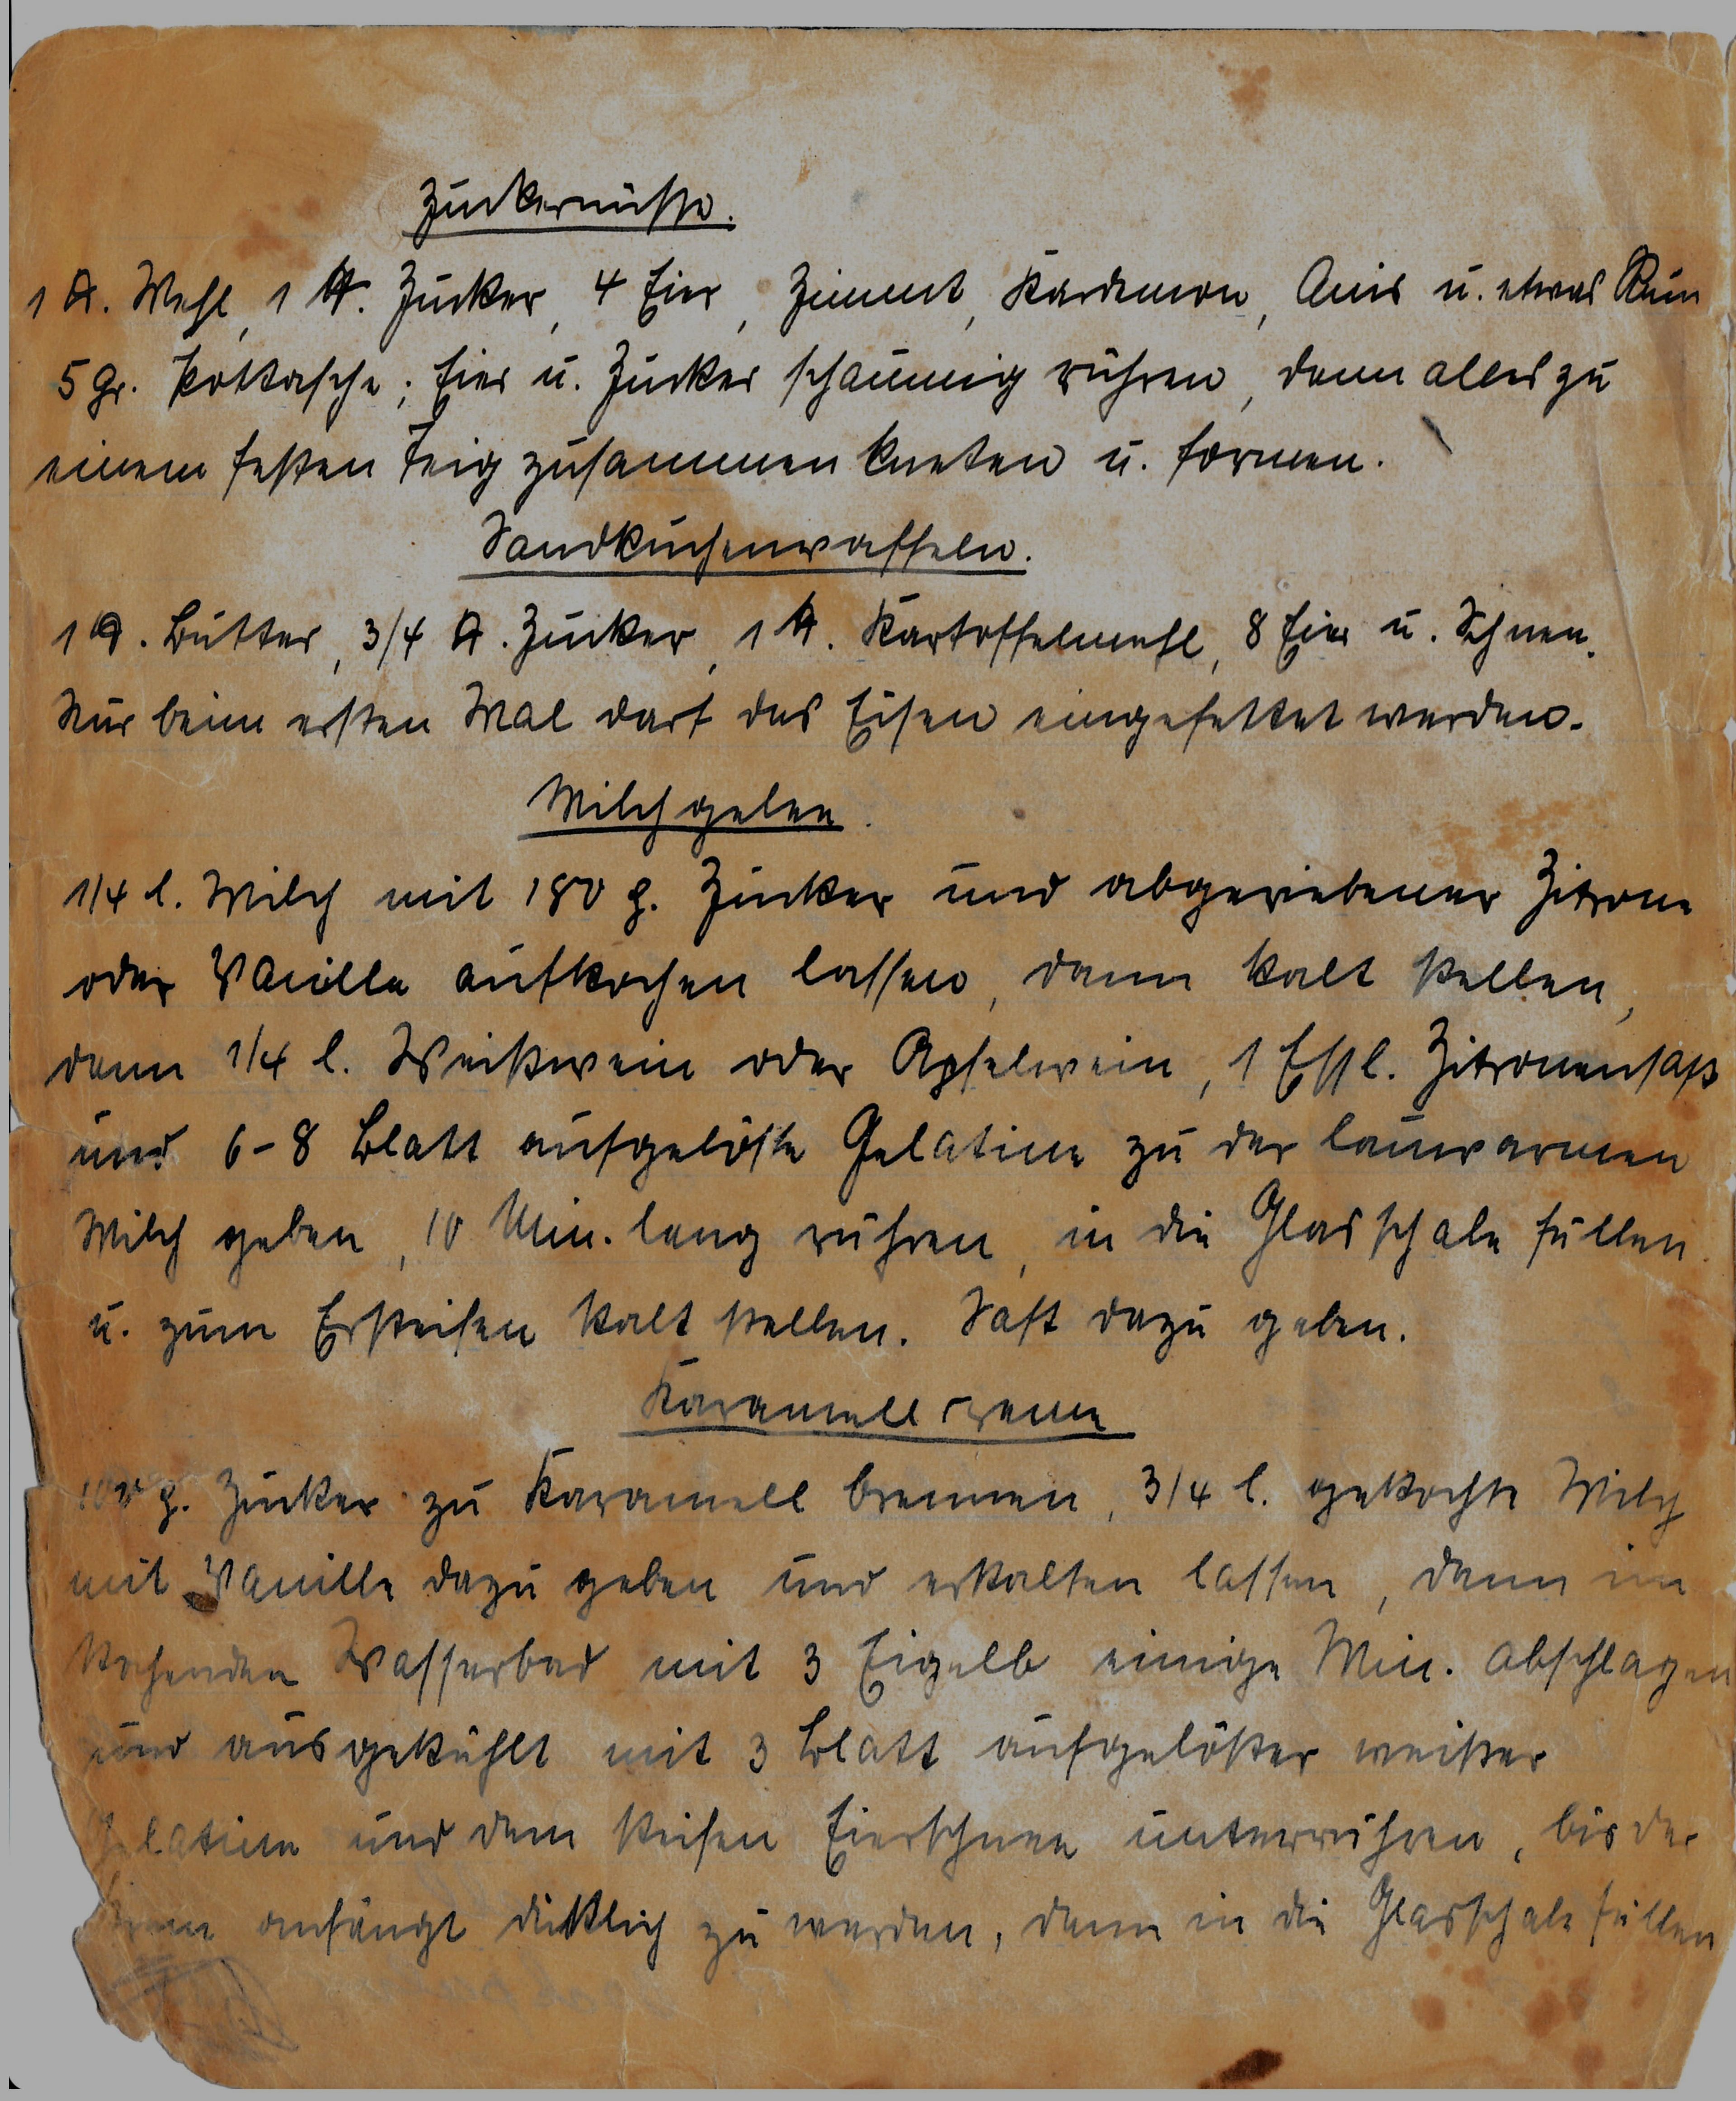
Zuckernüsse.
1 kg Mehl, 1 kg Zucker, 4 Eier, Zimt, Kardemon, Anis u. etwas Rum
5 gr. Pottasche; Eier u. Zucker schaumig rühren, dann alles zu
einem festen Teig zusammen kneten u. formen.
Sandkuchenwaffeln.
1 kg Butter, ¾ kg Zucker, 1 kg Kartoffelmehl, 8 Eier u. Schnee.
Nur beim ersten Mal darf das Eisen eingefettet werden.
Milchgelee.
¼ l. Milch mit 180 g. Zucker und abgeriebener Zitrone
oder Vanille aufkochen lassen, dann kalt stellen,
dann ¼ l. Weißwein oder Apfelwein, 1 Essl. Zitronensaft
und 6 - 8 Blatt aufgelöste Gelatine zu der lauwarmen
Milch geben, 10 Min. lang ziehen, in die Glasschale füllen
u. zum Ersteifen kalt stellen. Saft dazu geben.
Karamellcreme
100 g. Zucker zu Karamell brennen, ¾ l. gekochte Milch
mit Vanille dazu geben und erkalten lassen, dann im
kochenden Wasserbad mit 3 Eigelb einige Min. abschlagen
und ausgekühlt mit 3 Blatt aufgelöster weißer
Gelatine und dem steifen Eierschnee untermischen, bis die
Kreme anfängt dicklich zu werden, dann in die Glasschale füllen